Annual vaccination report of Bihar and Orissa - 1911-1928
Year: 1911
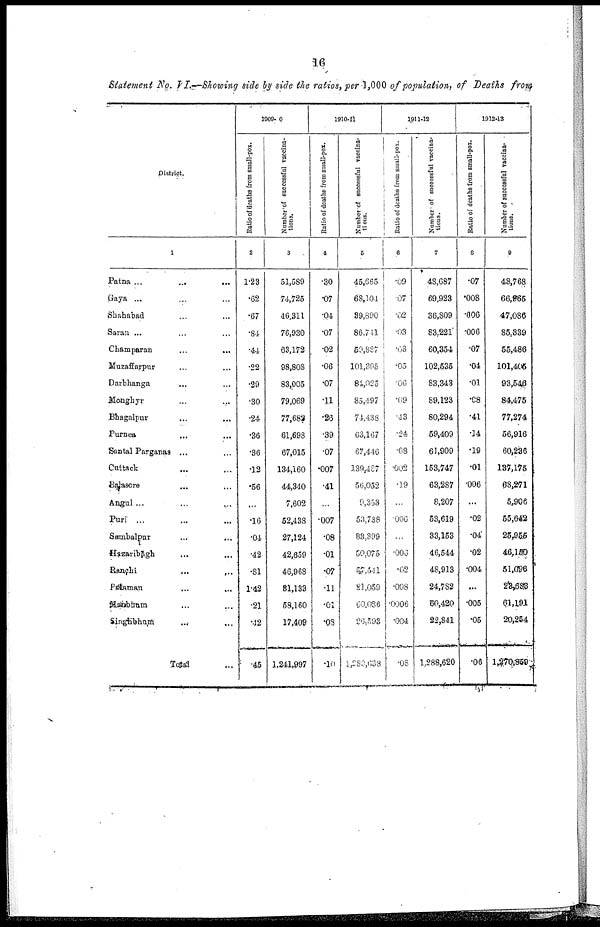
16
Statement No. VI.—Showing side by side the ratios, per 1,000 of population, of Deaths from
District.
1
Patna ... ... ...
Gaya ... ... ...
Shahabad ... ...
Saran ... ... ...
Champaran ... ...
Muzaffarpur ... ...
Darbhanga ... ...
Monghyr ... ...
Bhagalpur ... ...
Purnea ... ...
Santal Parganas ... ...
Cuttack ... ...
Balasore ... ...
Angul ... ... ...
Puri ... ... ...
Sambalpur
...
...
Hazaribagh ... ...
Ranchi ... ...
Palamau
... ...
Manbhum ... ...
Singhbhum
...
...
Total ...
1909-10
Ratio of deaths from small-pox.
2
1.23
.62
.67
.84
.44
.22
.29
.30
.24
.36
.36
.12
.56
...
.16
.04
.42
.81
1.42
.21
.42
.45
Number of successful vaccina-
tions.
3
51,589
74,725
46,311
76,930
63,172
98,808
83,005
79,069
77,682
61,698
67,015
134,160
44,340
7,602
52,438
27,124
42,659
46,968
81,133
58,160
17,409
1,241,997
1910-11
Ratio of deaths
from small-pox.
4
.30
.07
.04
.07
.02
.06
.07
.11
.26
.39
.07
.007
.41
...
.007
.08
.01
.07
.11
.01
.08
.10
Number of successful vaccina-
tions.
5
45,665
68,104
39,890
86,741
59,887
101,395
84,025
85,497
74,438
63,167
67,446
139,487
56,052
9,353
53,738
83,399
50,075
57,641
21,059
60.086
26,593
1,283,638
1911-12
Ratio of deaths from small-pox.
6
.09
.07
.02
.03
.03
.05
.06
.09
.43
.24
.08
.002
.19
...
.006
...
.006
.02
.008
.0006
.004
.08
Number of successful vaccina-
tions.
7
48,687
69,923
36,809
83,221
60,354
102,535
83,343
89,123
80,294
59,409
61,909
153,747
63,287
8,207
53,619
33,153
46,544
48,913
24,782
60,420
22,841
1,288,620
1912-13
Ratio of deaths from small-pox.
8
.07
.008
.006
.006
.07
.04
.01
.08
.41
.14
.19
.01
.006
...
.02
.04
.02
.004
...
.005
.05
.06
Number of successful vaccina-
tions.
9
48,768
66,965
47,086
85,339
55,486
101,405
93,546
84,475
77,274
56,916
60,236
137,175
68,271
5,906
55,642
25,955
46,150
51,096
22,683
61,191
20,254
1,270,859